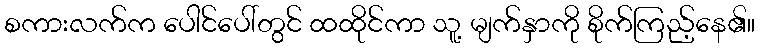
စကားလက်က ပေါင်ပေါ်တွင် ထထိုင်ကာ သူ့ မျက်နှာကို စိုက်ကြည့်နေ၏။